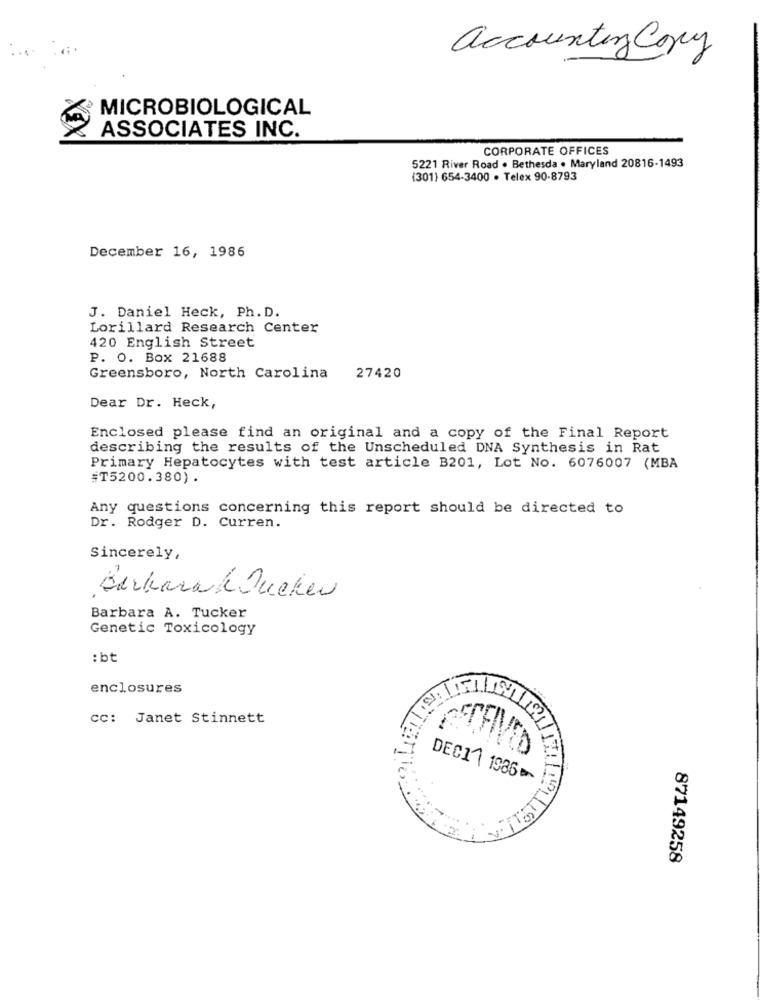
accounting Copy
MICROBIOLOGICAL
ASSOCIATES INC.
CORPORATE OFFICES
5221 River Road . Bethesda . Maryland 20816-1493
(301) 654-3400 . Telex 90-8793
December 16, 1986
J. Daniel Heck, Ph. D.
Lorillard Research Center
420 English Street
P. O. Box 21688
Greensboro, North Carolina
27420
Dear Dr. Heck,
Enclosed please find an original and a copy of the Final Report
describing the results of the Unscheduled DNA Synthesis in Rat
Primary Hepatocytes with test article B201, Lot No. 6076007 (MBA
#T5200.380).
Any questions concerning this report should be directed to
Dr. Rodger D. Curren.
Sincerely,
Barkarak Jucken
Barbara A. Tucker
Genetic Toxicology
: bt
enclosures
CC: Janet Stinnett
DEC1 1986
87149258